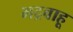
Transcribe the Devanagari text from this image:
भद्रबाहू